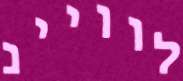
לוויינ